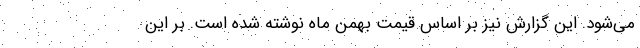
می‌شود. این گزارش نیز بر اساس قیمت بهمن ماه نوشته شده است. بر این